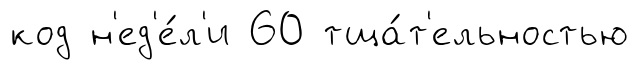
код н'ед'е́л'и 60 тща́т'ельностью